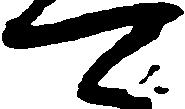
可